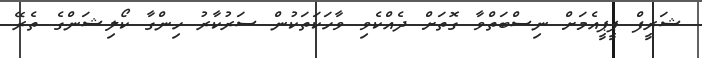
ޝަރީފް ޕީޕީއެމަށް ނިސްބަތްވާ ގޮތަށް ދެއްކެވި ވާހަކަތަކުން ސަރުކާރު ހިންގާ ކޯލިޝަންގެ ތެރޭ